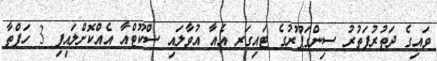
ވައިގެ ދަތުރުފަތުރު ސިންގަޕޫރުގެ ޓައިގަރ އެއާ އުވާލައި ސްކޫޓްއާ އެއްކޮށްލައިފި 3 ހަފްތާ